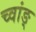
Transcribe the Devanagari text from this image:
च्वांङ्